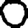
Digit: 0